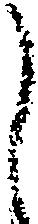
し